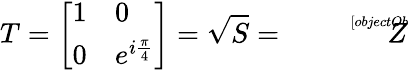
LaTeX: T={\left[\begin{array}{ll}{1}&{0}\\ {0}&{e^{i{\frac{\pi}{4}}}}\end{array}\right]}={\sqrt{S}}={\sqrt[[objectObject]]{Z}}